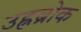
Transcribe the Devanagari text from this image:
उह्रब्रोक